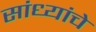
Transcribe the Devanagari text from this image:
सांध्यांचे